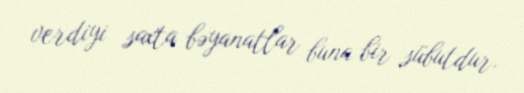
verdiyi saxta bəyanatlar buna bir sübutdur.